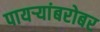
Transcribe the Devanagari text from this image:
पायऱ्यांबरोबर